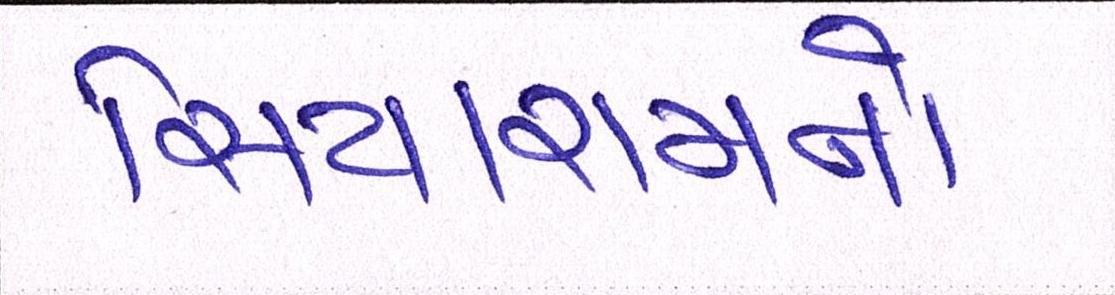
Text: સિયારામનો